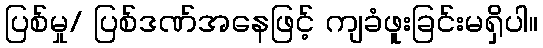
ပြစ်မှု/ ပြစ်ဒဏ်အနေဖြင့် ကျခံဖူးခြင်းမရှိပါ။